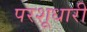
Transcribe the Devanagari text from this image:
परशूधारी